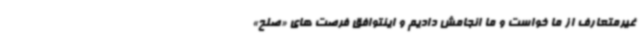
غیرمتعارف از ما خواست و ما انجامش دادیم و اینتوافق فرصت های «صلح»